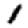
Digit: 1